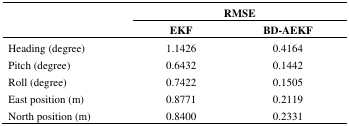
| <ROWSPAN=3>  | <COLSPAN=2> RMSE |
 | EKF | BD-AEKF |
 | --- | --- | --- |
 | Heading (degree) | 1.1426 | 0.4164 |
 | Pitch (degree) | 0.6432 | 0.1442 |
 | Roll (degree) | 0.7422 | 0.1505 |
 | East position (m) | 0.8771 | 0.2119 |
 | North position (m) | 0.8400 | 0.2331 |